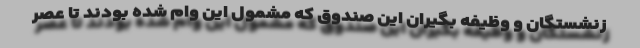
زنشستگان و وظیفه بگیران این صندوق که مشمول این وام شده بودند تا عصر